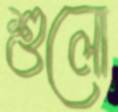
শুলো